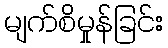
မျက်စိမှုန်ခြင်း